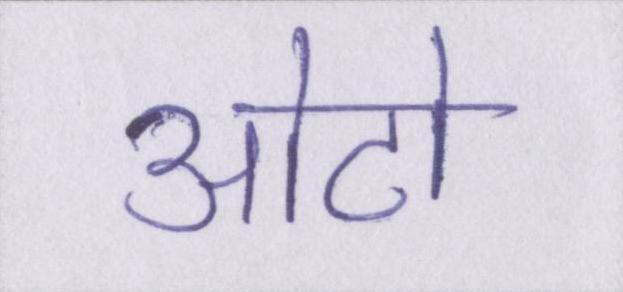
ओटो